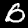
Digit: 0